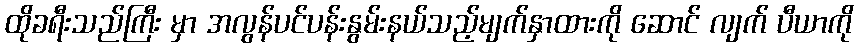
ထိုခရီးသည်ကြီး မှာ အလွန်ပင်ပန်းနွမ်းနယ်သည့်မျက်နှာထားကို ဆောင် လျက် ပီယာကို